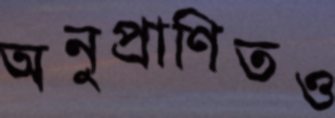
অনুপ্রাণিতও